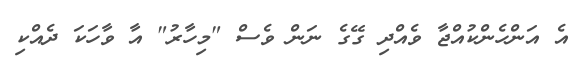
އެ އަންހެންކުއްޖާ ވެއްދި ގޭގެ ނަން ވެސް "މިހާރު" އާ ވާހަކަ ދެއްކި